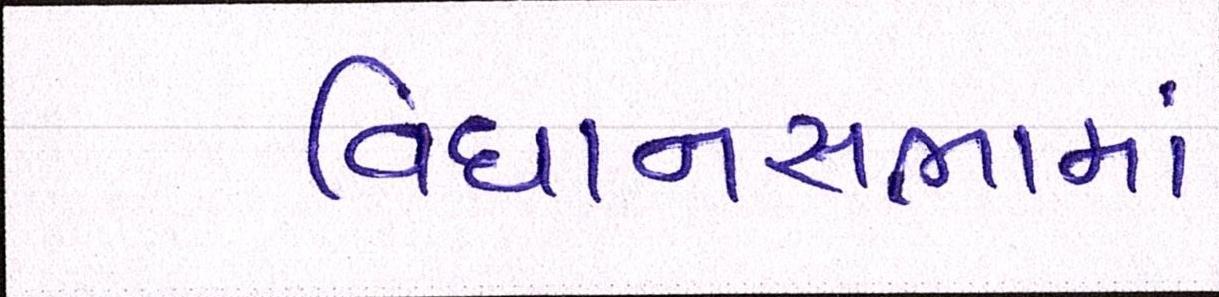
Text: વિધાનસભામાં